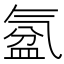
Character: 𣱦